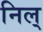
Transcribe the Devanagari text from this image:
निल्